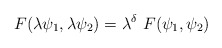
\begin{align*}F(\lambda \psi_{1}, \lambda \psi_{2}) = \lambda^\delta~F(\psi_{1}, \psi_{2})\end{align*}